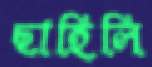
ছাহিলি